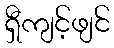
ရှီကျင့်ဖျင်